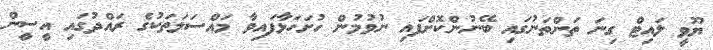
ޔޫވީ ލައިޓް ގިނަ ތަންތަނުގައި ބޭނުންކޮށްފައި ނުވުމުން ހުށަހަޅާފައިވާ މައްސަލަތަކުގެ ރައްދުގައި އީސީން